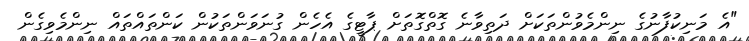
"އެ މަނިކުފާނުގެ ނިންމެވުންތަކަށް ދަތިވާނެ ގޮތްގޮތަށް ޕާޓީގެ އެހެން ގުނަވަންތަކުން ކަންތައްތައް ނިންމެވިގެން